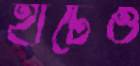
হাটেও